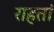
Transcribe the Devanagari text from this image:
राहतां